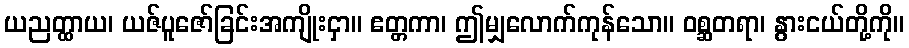
ယညတ္ထာယ၊ ယဇ်ပူဇော်ခြင်းအကျိုးငှာ။ ဧတ္တကာ၊ ဤမျှလောက်ကုန်သော။ ဝစ္ဆတရာ၊ နွားငယ်တို့ကို။